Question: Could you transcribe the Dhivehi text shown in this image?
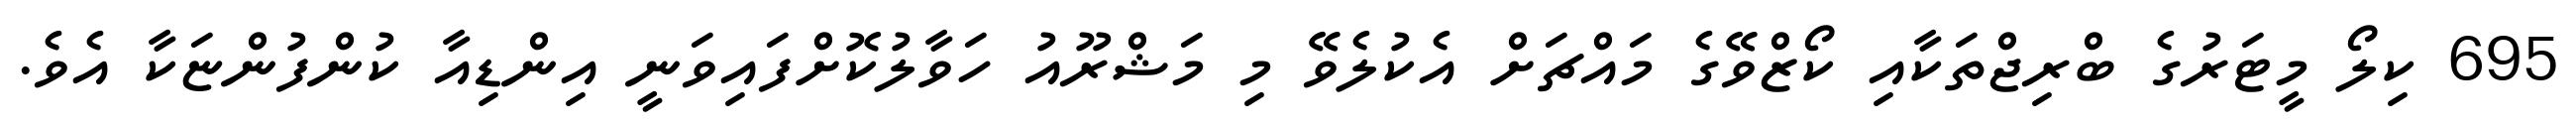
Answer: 695 ކިލޯ މީޓަރުގެ ބްރިޖްތަކާއި ކޯޒްވޭގެ މައްޗަށް އެކުލެވޭ މި މަޝްރޫއު ހަވާލުކޮށްފައިވަނީ އިންޑިއާ ކުންފުންޏަކާ އެވެ.